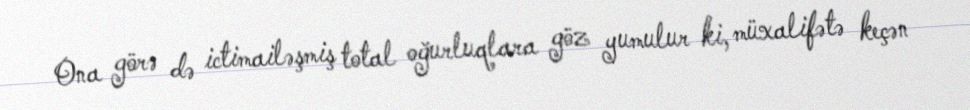
Ona görə də ictimailəşmiş total oğurluqlara göz yumulur ki, müxalifətə keçən